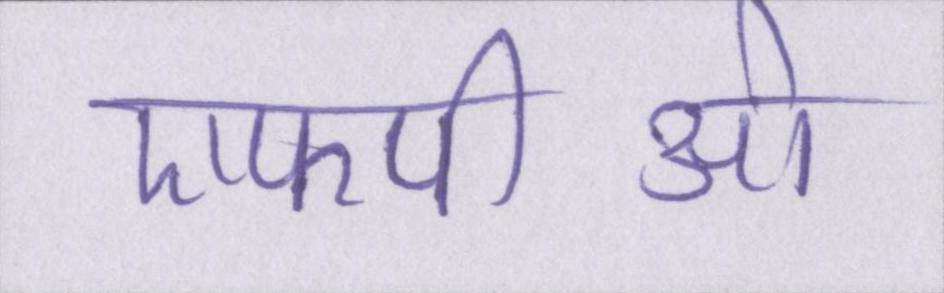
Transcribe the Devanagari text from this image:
एफपीओ